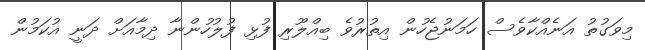
މިވަގުތު އަނެއްކާވެސް ހަމަނުޖެހުން އިތުރުވެ ބިއްލޫރި ފުޅި ފުލުހުންނާ ދިމާއަށް ދަނީ އުކަމުން